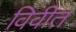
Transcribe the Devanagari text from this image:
विवीत